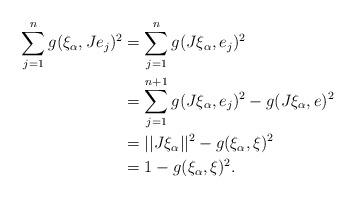
LaTeX: \begin{align*}\sum_{j=1}^n g(\xi_{\alpha},Je_j)^2&= \sum_{j=1}^n g(J\xi_{\alpha},e_j)^2 \\&= \sum_{j=1}^{n+1} g(J\xi_{\alpha},e_j)^2 - g(J\xi_{\alpha},e)^2 \\&= ||J\xi_{\alpha}||^2 - g(\xi_{\alpha},\xi)^2 \\&= 1 - g(\xi_{\alpha},\xi)^2.\end{align*}